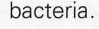
bacteria.